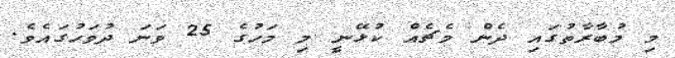
މި މުބާރާތުގައި ދެން މެޗެއް ކުޅޭނީ މި މަހުގެ 25 ވަނަ ދުވަހުގައެވެ.